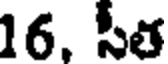
16, సీత